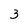
Character: 3